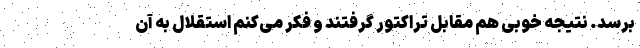
برسد. نتیجه خوبی هم مقابل تراکتور گرفتند و فکر می‌کنم استقلال به آن